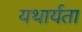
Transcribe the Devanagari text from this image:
यथार्यता